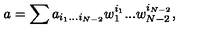
a = \sum a _ { i _ { 1 } . . . i _ { N - 2 } } w _ { 1 } ^ { i _ { 1 } } . . . w _ { N - 2 } ^ { i _ { N - 2 } } ,